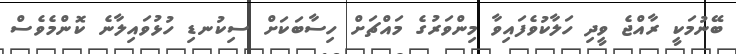
ބޭނުމަކީ ރާއްޖެ ވީދި ހަލާކުވެފައިވާ މިންވަރުގެ މައްޗަށް ހިސާބަކަށް ސިކުނޑި ހުޅުވައިލާނެ ކޮންމެވެސް